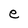
Character: e